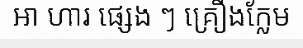
អា ហារ ផ្សេង ៗ គ្រឿងក្លែម